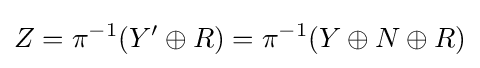
Z=\pi ^{-1}(Y'\oplus R)=\pi ^{-1}(Y\oplus N\oplus R)